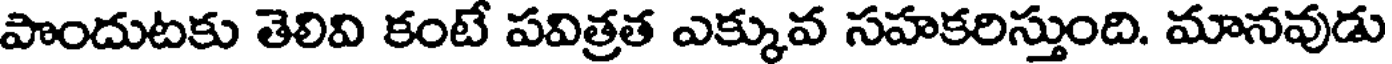
పొందుటకు తెలివి కంటే పవిత్రత ఎక్కువ సహకరిస్తుంది. మానవుడు